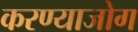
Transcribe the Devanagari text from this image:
करण्याजोग